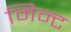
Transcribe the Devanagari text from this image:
मिन्‍ट